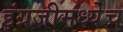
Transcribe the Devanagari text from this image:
इंग्रजीमध्येच